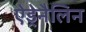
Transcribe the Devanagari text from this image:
ऐड्रेनैलिन